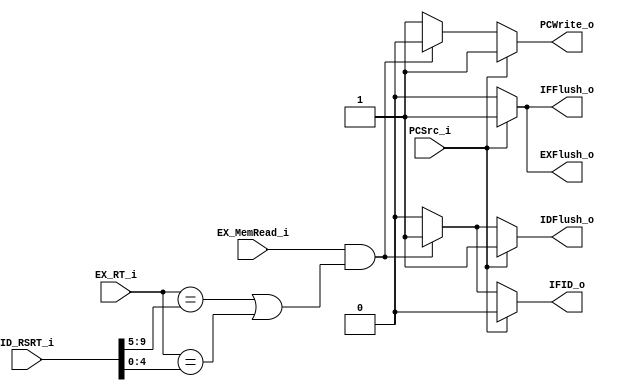
//0516094 0516077
module Hazard(
	PCSrc_i, 
	EX_MemRead_i, 
	ID_RSRT_i, 
	EX_RT_i,
	PCWrite_o, 
	IFID_o, 
	IFFlush_o, 
	IDFlush_o, 
	EXFlush_o
);
input PCSrc_i;
input EX_MemRead_i;
input [9:0] ID_RSRT_i;
input [4:0] EX_RT_i;
output PCWrite_o;
output IFID_o;
output IFFlush_o;
output IDFlush_o;
output EXFlush_o;

reg PCWrite_o;
reg IFID_o;
reg IFFlush_o;
reg IDFlush_o;
reg EXFlush_o;

always @(*) begin
	if (PCSrc_i == 1)  begin //branch
		PCWrite_o <= 1;
		IFID_o <= 0;
		IFFlush_o <= 1;
		IDFlush_o <= 1;
		EXFlush_o <= 1;
	end else if(EX_MemRead_i == 1 & ((EX_RT_i == ID_RSRT_i[9:5]) | (EX_RT_i == ID_RSRT_i[4:0]))) begin //hazard
		PCWrite_o <= 0;
		IFID_o <= 1;
		IFFlush_o <= 0;
		IDFlush_o <= 1;
		EXFlush_o <= 0;
	end else begin  // no hazard
			PCWrite_o <= 1;
			IFID_o <= 0;
			IFFlush_o <= 0;
			IDFlush_o <= 0;
			EXFlush_o <= 0;			
	end
end

endmodule